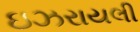
ઇઝરાયલી